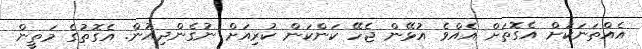
އެއްތަނަކަށް އެގޮތަށް އެއްވެ އުޅޭން ޖެހޭ ކަންކަން ކުރިއަށް ނުގެންދިއުން. އެގޮތުގެ މަތީން